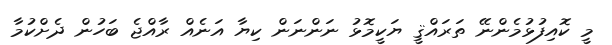
މީ ކޮއިފުޅުމެންނޭ ތަރައްޤީ ޔަކީމޮޅު ނަންނަން ކިޔާ އަނެއް ރާއްޖެ ބަހުން ދެށްކުމާ